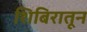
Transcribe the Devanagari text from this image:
शिबिरातून